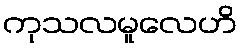
ကုသလမူလေဟိ